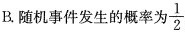
B.随机事件发生的概率为 \frac{1}{2}